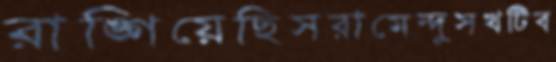
রাঙ্গিয়েছিসরামেন্দুসখটিব